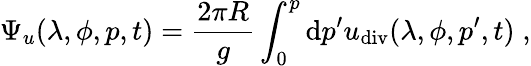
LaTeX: \Psi_{u}(\lambda,\phi,p,t)=\frac{2\pi R}{g}\int_{0}^{p}\mathrm{d}p^{\prime}u_{\mathrm{div}}(\lambda,\phi,p^{\prime},t)\; ,